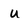
Character: u